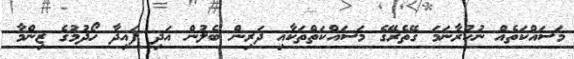
މަސައްކަތެއް ނުކުރާނަމަ ގޭތެރޭގެ މަސައްކަތްތަކާއި ދަރިން ބެލުން އަދި ފައިދާ ހޯދުމުގެ ޒިންމާ